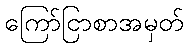
ကြော်ငြာစာအမှတ်